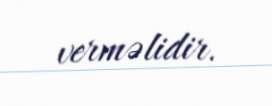
verməlidir.